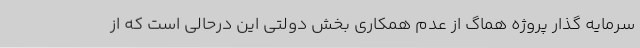
سرمایه گذار پروژه هماگ از عدم همکاری بخش دولتی این درحالی است که از